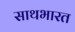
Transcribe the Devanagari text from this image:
साथभारत